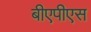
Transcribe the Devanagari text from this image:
बीएपीएस